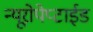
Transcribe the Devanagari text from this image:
न्यूरोपेप्टाईड